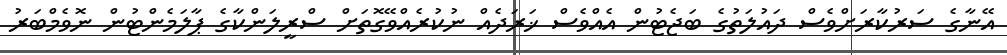
އޭނާގެ ސަރުކާރަށްވެސް ދައުލަތުގެ ބަޖެޓުން އެއްވެސް ޚަރަދެއް ނުކުރެއްވޭގޮތަށް ސްރީލަންކާގެ ޕާލަމެންޓުން ނޮވެމްބަރު